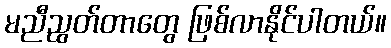
မညီညွတ်တာတွေ ဖြစ်လာနိုင်ပါတယ်။